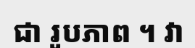
ជា រូបភាព ។ វា